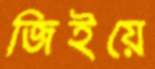
জিইয়ে